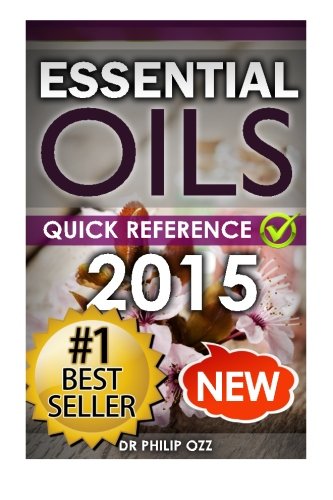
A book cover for Essential Oils: Recipe Quick Reference: Essential Oils Recipes for All Occasions; Dr. Philip Ozz; Science & Math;